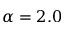
\alpha = 2 . 0